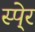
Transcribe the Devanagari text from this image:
स्पे्र